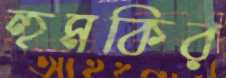
হুমকির